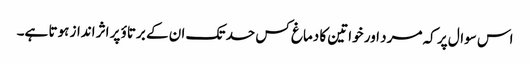
اس سوال پر کہ مرد اور خواتین کا دماغ کس حد تک ان کے برتاؤ پر اثر انداز ہوتا ہے۔